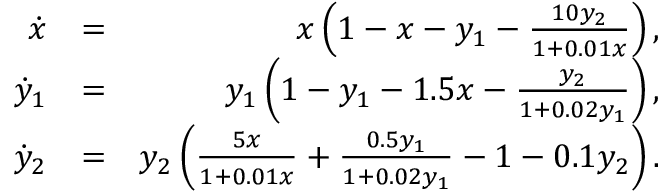
\begin{array} { r l r } { \dot { x } } & { = } & { x \left( 1 - x - y _ { 1 } - \frac { 1 0 y _ { 2 } } { 1 + 0 . 0 1 x } \right) , } \\ { \dot { y } _ { 1 } } & { = } & { y _ { 1 } \left( 1 - y _ { 1 } - 1 . 5 x - \frac { y _ { 2 } } { 1 + 0 . 0 2 y _ { 1 } } \right) , } \\ { \dot { y } _ { 2 } } & { = } & { y _ { 2 } \left( \frac { 5 x } { 1 + 0 . 0 1 x } + \frac { 0 . 5 y _ { 1 } } { 1 + 0 . 0 2 y _ { 1 } } - 1 - 0 . 1 y _ { 2 } \right) . } \end{array}